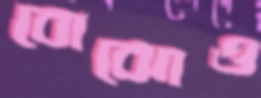
বোঝোও